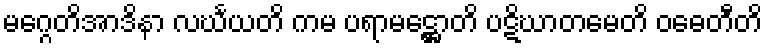
မဂ္ဂေတိအာဒိနာ လင်္ဃယတိ ကမ ပရာမဋ္ဌောတိ ပဋိဃာတမေတိ ဝဓေတီတိ